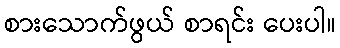
စားသောက်ဖွယ် စာရင်း ပေးပါ။